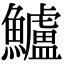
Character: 鱸